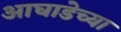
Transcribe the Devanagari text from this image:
आघाडेच्या